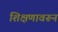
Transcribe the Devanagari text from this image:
शिक्षणावरून